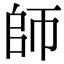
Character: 師